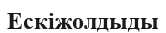
Ескіжолдыды